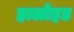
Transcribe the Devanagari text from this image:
हालोइड